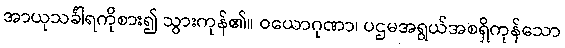
အာယုသင်္ခါရကိုစား၍ သွားကုန်၏။ ဝယောဂုဏာ၊ ပဌမအရွယ်အစရှိကုန်သော